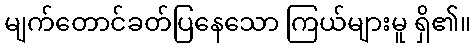
မျက်တောင်ခတ်ပြနေသော ကြယ်များမူ ရှိ၏။